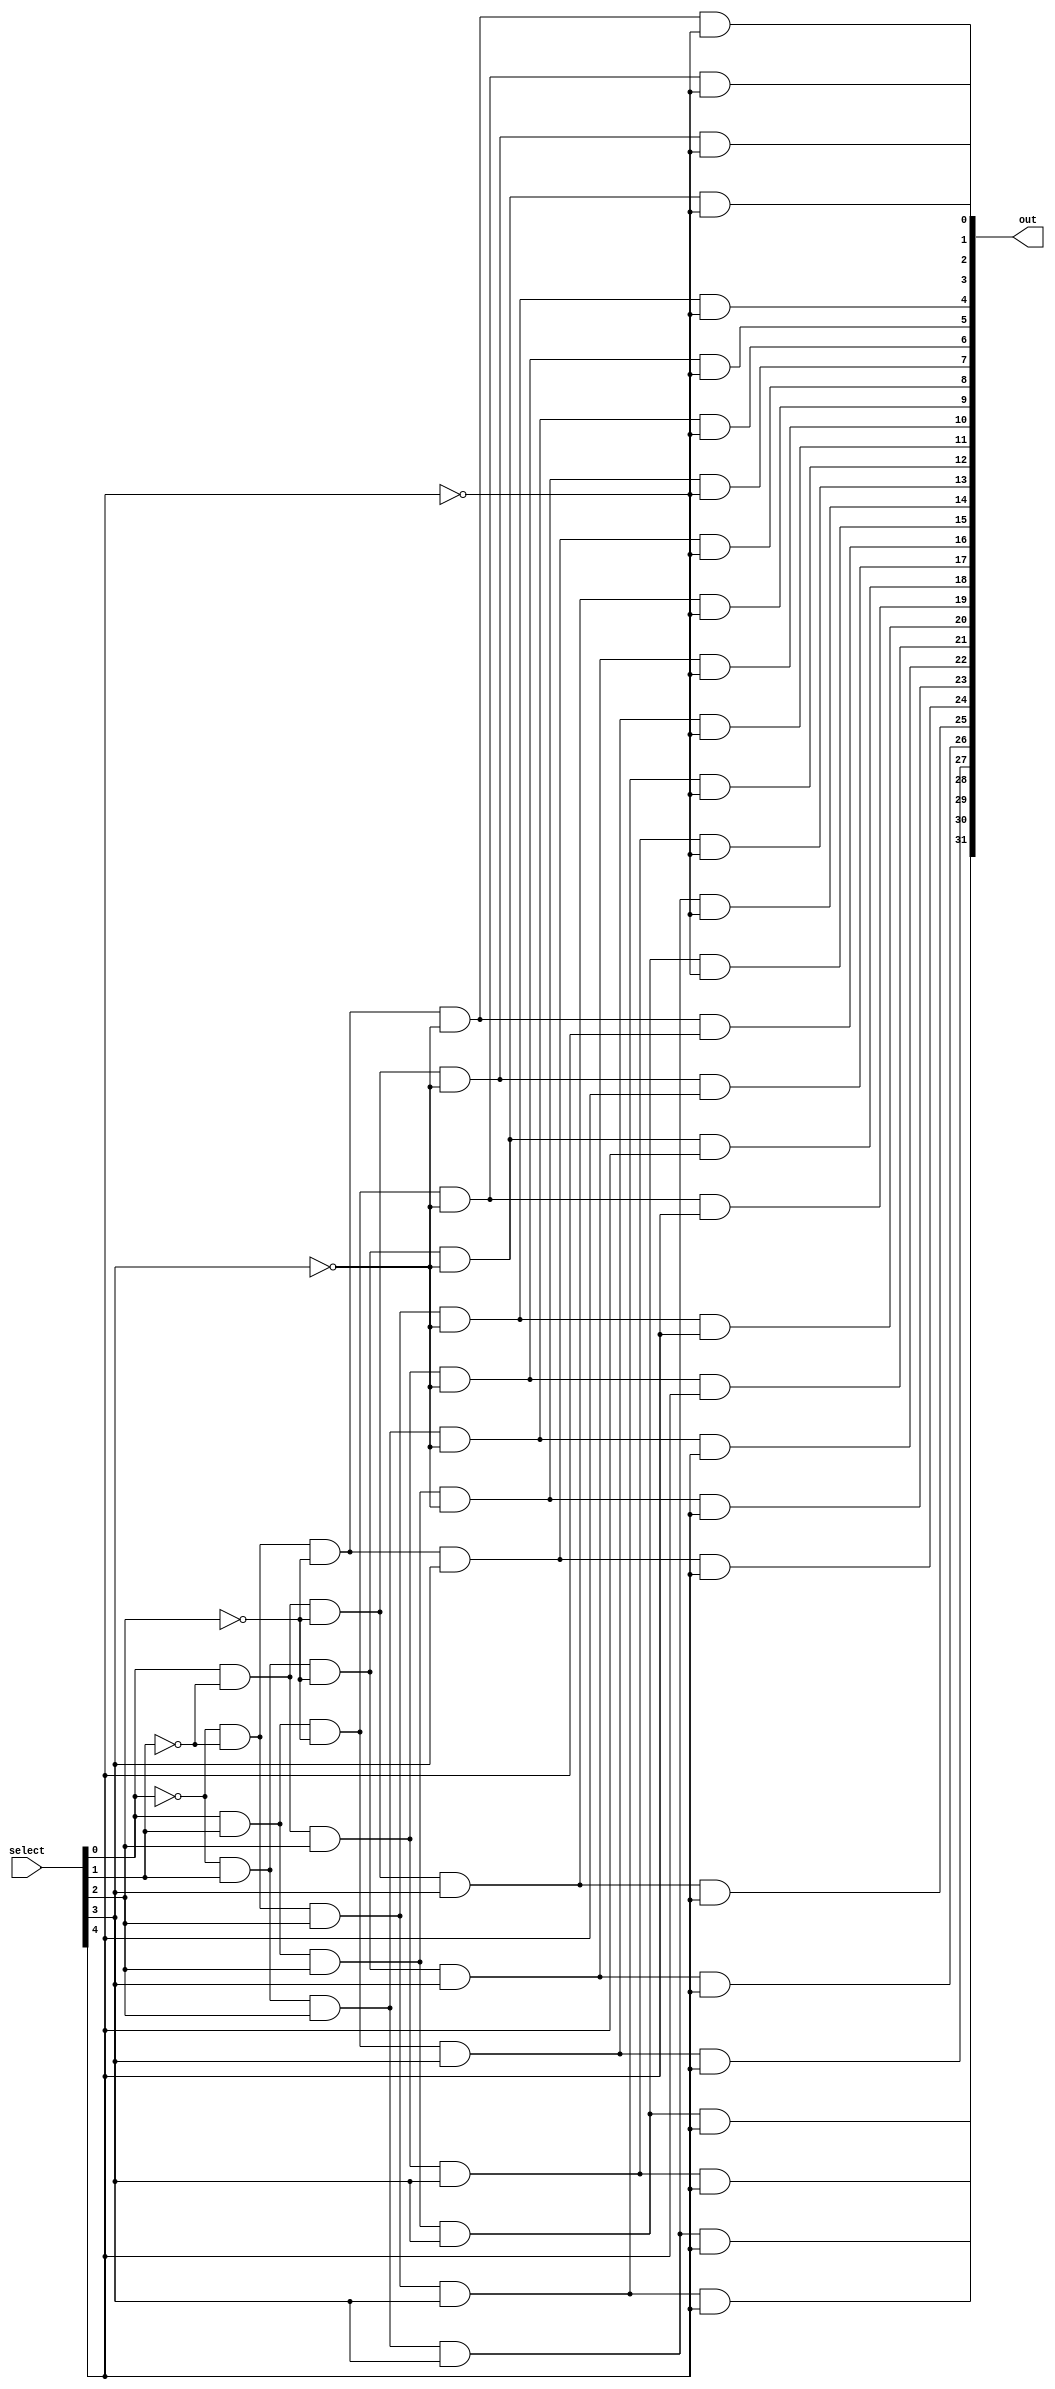
module Decoder32(out, select);

input [4:0] select;
output [31:0] out;
wire ns0,ns1,ns2,ns3,ns4;

not not1(ns0,select[0]);
not not2(ns1,select[1]);
not not3(ns2,select[2]);
not not4(ns3,select[3]);
not not5(ns4,select[4]);

and(out[0],ns0,ns1,ns2,ns3,ns4);
and(out[1],select[0],ns1,ns2,ns3,ns4);
and(out[2],ns0,select[1],ns2,ns3,ns4);
and(out[3],select[0],select[1],ns2,ns3,ns4);
and(out[4],ns0,ns1,select[2],ns3,ns4);
and(out[5],select[0],ns1,select[2],ns3,ns4);
and(out[6],ns0,select[1],select[2],ns3,ns4);
and(out[7],select[0],select[1],select[2],ns3,ns4);
and(out[8],ns0,ns1,ns2,select[3],ns4);
and(out[9],select[0],ns1,ns2,select[3],ns4);
and(out[10],ns0,select[1],ns2,select[3],ns4);
and(out[11],select[0],select[1],ns2,select[3],ns4);
and(out[12],ns0,ns1,select[2],select[3],ns4);
and(out[13],select[0],ns1,select[2],select[3],ns4);
and(out[14],ns0,select[1],select[2],select[3],ns4);
and(out[15],select[0],select[1],select[2],select[3],ns4);

and(out[16],ns0,ns1,ns2,ns3,select[4]);
and(out[17],select[0],ns1,ns2,ns3,select[4]);
and(out[18],ns0,select[1],ns2,ns3,select[4]);
and(out[19],select[0],select[1],ns2,ns3,select[4]);
and(out[20],ns0,ns1,select[2],ns3,select[4]);
and(out[21],select[0],ns1,select[2],ns3,select[4]);
and(out[22],ns0,select[1],select[2],ns3,select[4]);
and(out[23],select[0],select[1],select[2],ns3,select[4]);
and(out[24],ns0,ns1,ns2,select[3],select[4]);
and(out[25],select[0],ns1,ns2,select[3],select[4]);
and(out[26],ns0,select[1],ns2,select[3],select[4]);
and(out[27],select[0],select[1],ns2,select[3],select[4]);
and(out[28],ns0,ns1,select[2],select[3],select[4]);
and(out[29],select[0],ns1,select[2],select[3],select[4]);
and(out[30],ns0,select[1],select[2],select[3],select[4]);
and(out[31],select[0],select[1],select[2],select[3],select[4]);



endmodule